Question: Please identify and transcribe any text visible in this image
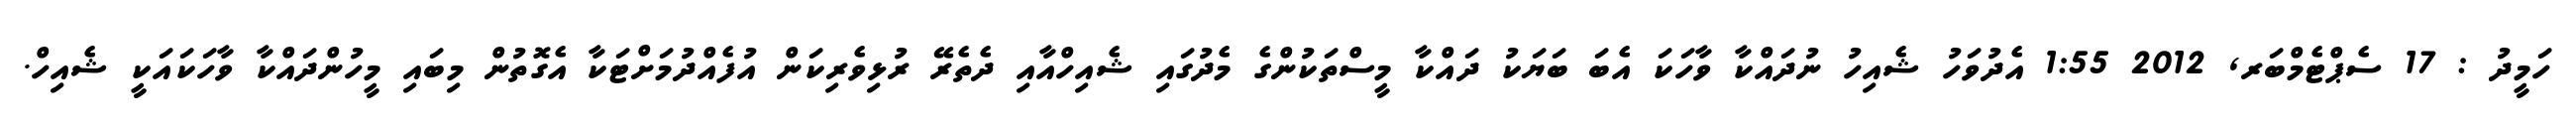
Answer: ހަމީދު : 17 ސެޕްޓެމްބަރ, 2012 1:55 އެދުވަހު ޝެއިހު ނުދައްކާ ވާހަކަ އެބަ ބަޔަކު ދައްކާ މީސްތަކުންގެ މެދުގައި ޝެއިހްއާއި ދެތެރޭ ރުޅިވެރިކަން އުފެއްދުމަށްޓަކާ އެގޮތުން މިބައި މީހުންދައްކާ ވާހަކައަކީ ޝެއިހް.